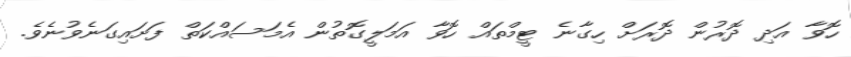
ހޮވާ އަދި ދޮރުން ދޮރަށް ހިގާނެ ޓީމްތައް ހޮވާ އަމަލީގޮތުން އެމަސައްކަތް ފަށައިގަނެވުނެވެ.